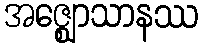
အဇ္ဈောသာနဿ